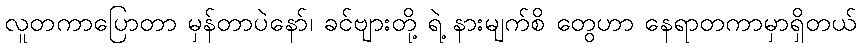
လူတကာပြောတာ မှန်တာပဲနော်၊ ခင်ဗျားတို့ ရဲ့ နားမျက်စိ တွေဟာ နေရာတကာမှာရှိတယ်